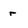
Character: r